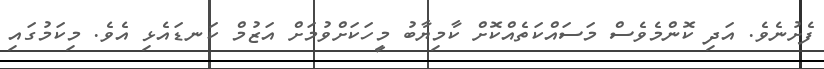
ފެށުނެވެ. އަދި ކޮންމެވެސް މަސައްކަތެއްކޮށް ކާމިޔާބު މީހަކަށްވުމަށް އަޒުމް ކަނޑައެޅި އެވެ. މިކަމުގައި